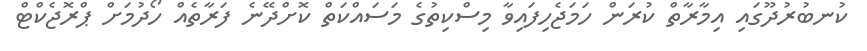
ކުނބުރުދޫގައި އިމާރާތް ކުރަން ހަމަޖެހިފައިވާ މިސްކިތުގެ މަސައްކަތް ކޮށްދޭނެ ފަރާތެއް ހޯދުމަށް ޕްރޮޖެކްޓް